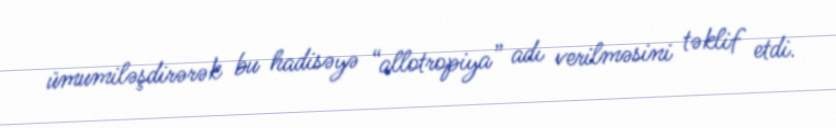
ümumiləşdirərək bu hadisəyə “allotropiya” adı verilməsini təklif etdi.